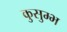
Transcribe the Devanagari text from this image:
कुसुम्भ